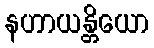
နဟာယန္တိယော